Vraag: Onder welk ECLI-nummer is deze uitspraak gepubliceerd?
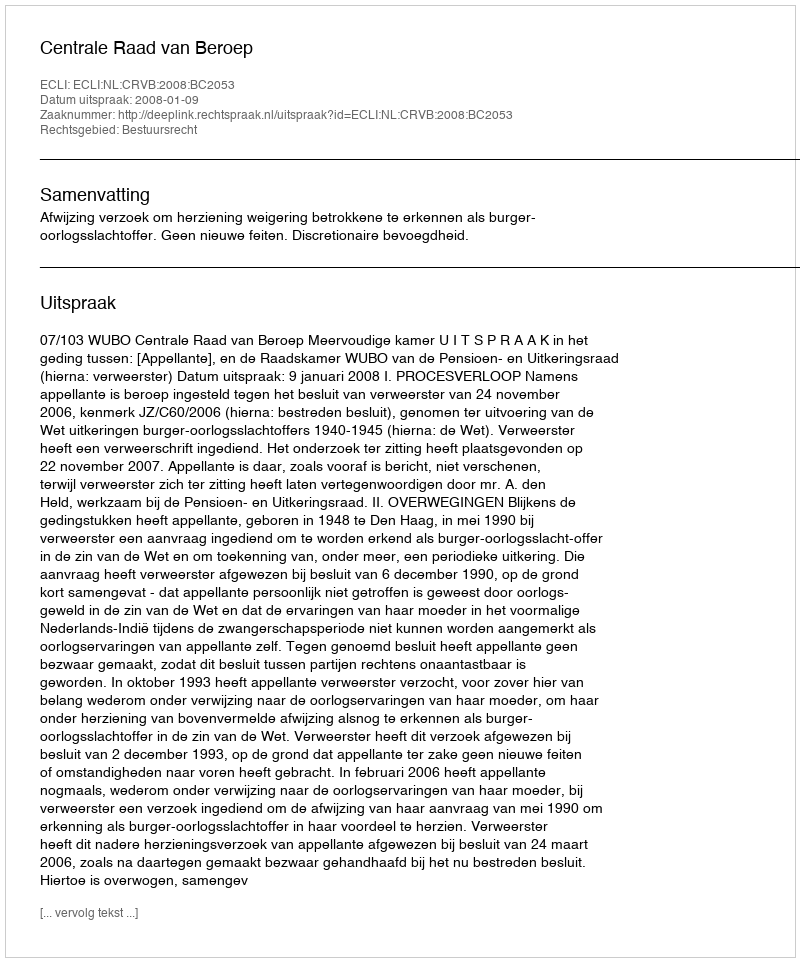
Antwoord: ECLI:NL:CRVB:2008:BC2053